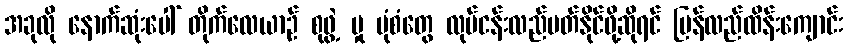
အခုလို နောက်ဆုံးပေါ် တိုက်လေယာဉ် စုဖွဲ့ မှု ပုံစံတွေ လုပ်ငန်းလည်ပတ်နိုင်ဖို့ဆိုရင် ပြန်လည်ထိန်းကျောင်း